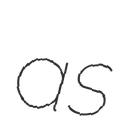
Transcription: as